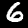
Label: 6